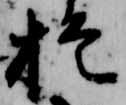
於